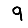
Digit: 9